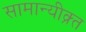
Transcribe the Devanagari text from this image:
सामान्यीक्र्त